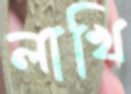
লাখি